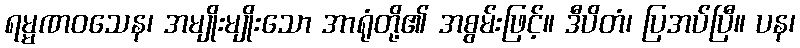
ရမ္မဏဝသေန၊ အမျိုးမျိုးသော အာရုံတို့၏ အစွမ်းဖြင့်။ ဒီပိတံ၊ ပြအပ်ပြီ။ ပန၊